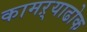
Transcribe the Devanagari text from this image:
कामऱ्याढोक